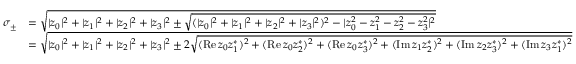
{ \begin{array} { r l } { \sigma _ { \pm } } & { = { \sqrt { | z _ { 0 } | ^ { 2 } + | z _ { 1 } | ^ { 2 } + | z _ { 2 } | ^ { 2 } + | z _ { 3 } | ^ { 2 } \pm { \sqrt { ( | z _ { 0 } | ^ { 2 } + | z _ { 1 } | ^ { 2 } + | z _ { 2 } | ^ { 2 } + | z _ { 3 } | ^ { 2 } ) ^ { 2 } - | z _ { 0 } ^ { 2 } - z _ { 1 } ^ { 2 } - z _ { 2 } ^ { 2 } - z _ { 3 } ^ { 2 } | ^ { 2 } } } } } } \\ & { = { \sqrt { | z _ { 0 } | ^ { 2 } + | z _ { 1 } | ^ { 2 } + | z _ { 2 } | ^ { 2 } + | z _ { 3 } | ^ { 2 } \pm 2 { \sqrt { ( \operatorname { R e } z _ { 0 } z _ { 1 } ^ { * } ) ^ { 2 } + ( \operatorname { R e } z _ { 0 } z _ { 2 } ^ { * } ) ^ { 2 } + ( \operatorname { R e } z _ { 0 } z _ { 3 } ^ { * } ) ^ { 2 } + ( \operatorname { I m } z _ { 1 } z _ { 2 } ^ { * } ) ^ { 2 } + ( \operatorname { I m } z _ { 2 } z _ { 3 } ^ { * } ) ^ { 2 } + ( \operatorname { I m } z _ { 3 } z _ { 1 } ^ { * } ) ^ { 2 } } } } } } \end{array} }